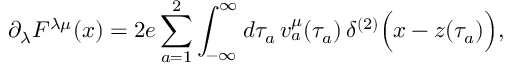
\partial _ { \lambda } F ^ { \lambda \mu } ( x ) = 2 e \sum _ { a = 1 } ^ { 2 } \int _ { - \infty } ^ { \infty } d \tau _ { a } \, { v } _ { a } ^ { \mu } ( \tau _ { a } ) \, \delta ^ { ( 2 ) } \Bigl ( x - z ( \tau _ { a } ) \Bigr ) ,